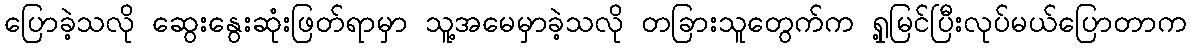
ပြောခဲ့သလို ဆွေးနွေးဆုံးဖြတ်ရာမှာ သူ့အမေမှာခဲ့သလို တခြားသူတွေက်က ရှု့မြင်ပြီးလုပ်မယ်ပြောတာက